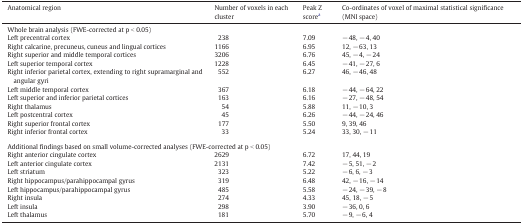
<table><thead><tr><td><b>Anatomical region</b></td><td><b>Number of voxels in each cluster</b></td><td><b>Peak Z scorea</b></td><td><b>Co-ordinates of voxel of maximal statistical significance (MNI space)</b></td></tr></thead><tbody><tr><td colspan="4">Whole brain analysis (FWE-corrected at p &lt; 0.05)</td></tr><tr><td>Left precentral cortex</td><td>238</td><td>7.09</td><td>− 48, − 4, 40</td></tr><tr><td>Right calcarine, precuneus, cuneus and lingual cortices</td><td>1166</td><td>6.95</td><td>12, − 63, 13</td></tr><tr><td>Right superior and middle temporal cortices</td><td>3206</td><td>6.76</td><td>45, − 4, − 24</td></tr><tr><td>Left superior temporal cortex</td><td>1228</td><td>6.45</td><td>− 41, − 27, 6</td></tr><tr><td>Right inferior parietal cortex, extending to right supramarginal and angular gyri</td><td>552</td><td>6.27</td><td>46, − 46, 48</td></tr><tr><td>Left middle temporal cortex</td><td>367</td><td>6.18</td><td>− 44, − 64, 22</td></tr><tr><td>Left superior and inferior parietal cortices</td><td>163</td><td>6.16</td><td>− 27, − 48, 54</td></tr><tr><td>Right thalamus</td><td>54</td><td>5.88</td><td>11, − 10, 3</td></tr><tr><td>Left postcentral cortex</td><td>45</td><td>6.26</td><td>− 44, − 24, 46</td></tr><tr><td>Right superior frontal cortex</td><td>177</td><td>5.50</td><td>9, 39, 46</td></tr><tr><td>Right inferior frontal cortex</td><td>33</td><td>5.24</td><td>33, 30, − 11</td></tr><tr><td colspan="4">  </td></tr><tr><td colspan="4">Additional findings based on small volume-corrected analyses (FWE-corrected at p &lt; 0.05)</td></tr><tr><td>Right anterior cingulate cortex</td><td>2629</td><td>6.72</td><td>17, 44, 19</td></tr><tr><td>Left anterior cingulate cortex</td><td>2131</td><td>7.42</td><td>− 5, 51, − 2</td></tr><tr><td>Left striatum</td><td>323</td><td>5.22</td><td>− 6, 6, − 3</td></tr><tr><td>Right hippocampus/parahippocampal gyrus</td><td>319</td><td>6.48</td><td>42, − 16, − 14</td></tr><tr><td>Left hippocampus/parahippocampal gyrus</td><td>485</td><td>5.58</td><td>− 24, − 39, − 8</td></tr><tr><td>Right insula</td><td>274</td><td>4.33</td><td>45, 18, − 5</td></tr><tr><td>Left insula</td><td>298</td><td>3.90</td><td>− 36, 0, 6</td></tr><tr><td>Left thalamus</td><td>181</td><td>5.70</td><td>− 9, − 6, 4</td></tr></tbody></table>